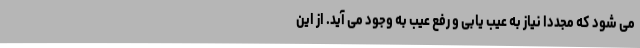
می شود که مجددا نیاز به عیب یابی و رفع عیب به وجود می آید. از این